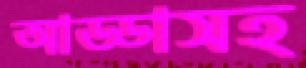
আড্ডাসহ